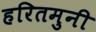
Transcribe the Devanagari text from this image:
हरितमुनी